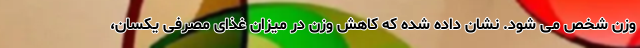
وزن شخص می شود. نشان داده شده که کاهش وزن در میزان غذای مصرفی یکسان،